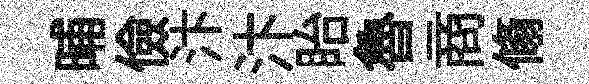
晡儉汴汴眙魯商翛